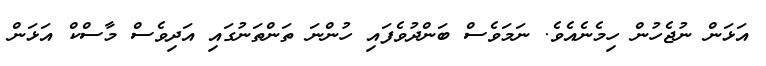
އަޅަން ނުޖެހުން ހިމެނެއެވެ. ނަމަވެސް ބަންދުވެފައި ހުންނަ ތަންތަނުގައި އަދިވެސް މާސްކް އަޅަން